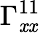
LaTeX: \Gamma_{\mathit{x}\mathit{x}}^{11}